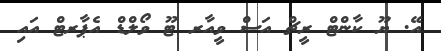
އޭ. ޔޫ ކާންޓް ރީޗް އަސް ވީއާރ ޓޫ ވޯލްޑް އެޕާރޓް އައި